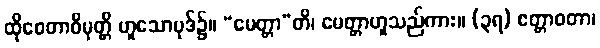
ထိုစေတာဝိမုတ္တိ ဟူသောပုဒ်၌။ “မေတ္တာ”တိ၊ မေတ္တာဟူသည်ကား။ (၃ရ) ဧတ္တာဝတာ၊